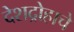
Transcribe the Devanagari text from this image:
देशद्रोहाचे